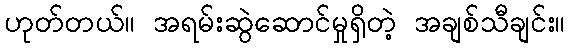
ဟုတ်တယ်။ အရမ်းဆွဲဆောင်မှုရှိတဲ့ အချစ်သီချင်း။